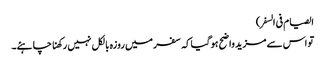
الصیام فی السفر)
تو اس سے مزید واضح ہوگیاکہ سفر میں روزہ بالکل نہیں رکھنا چاہئے۔